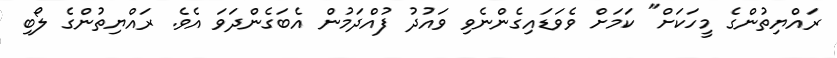
ރައްޔިތުންގެ މީހަކަށް" ކަމަށް ވެވަޑައިގެންނެވި ވައުދު ފުއްދަމުން އެބަގެންދަވަ އެވެ. ރައްޔިތުންގެ ލޯބި